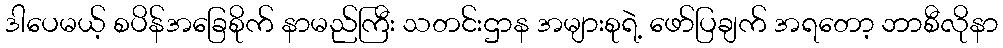
ဒါပေမယ့် စပိန်အခြေစိုက် နာမည်ကြီး သတင်းဌာန အများစုရဲ့ ဖော်ပြချက် အရတော့ ဘာစီလိုနာ